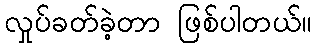
လှုပ်ခတ်ခဲ့တာ ဖြစ်ပါတယ်။